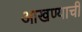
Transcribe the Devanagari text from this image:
आखण्याची